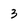
Character: 3